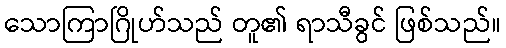
သောကြာဂြိုဟ်သည် တူ၏ ရာသီခွင် ဖြစ်သည်။